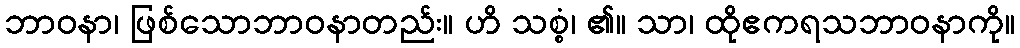
ဘာဝနာ၊ ဖြစ်သောဘာဝနာတည်း။ ဟိ သစ္စံ၊ ၏။ သာ၊ ထိုဧကရသဘာဝနာကို။